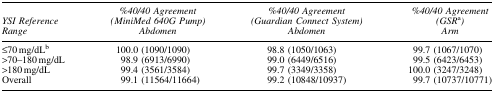
<table><thead><tr><td><b><i>YSI Reference Range</i></b></td><td><b><i>%40/40 Agreement (MiniMed 640G Pump) Abdomen</i></b></td><td><b><i>%40/40 Agreement (Guardian Connect System) Abdomen</i></b></td><td><b><i>%40/40 Agreement (GSR</i><sup>a</sup>) <i>Arm</i></b></td></tr></thead><tbody><tr><td>≤70 mg/dL<sup>b</sup></td><td>100.0 (1090/1090)</td><td>98.8 (1050/1063)</td><td>99.7 (1067/1070)</td></tr><tr><td>&gt;70–180 mg/dL</td><td>98.9 (6913/6990)</td><td>99.0 (6449/6516)</td><td>99.5 (6423/6453)</td></tr><tr><td>&gt;180 mg/dL</td><td>99.4 (3561/3584)</td><td>99.7 (3349/3358)</td><td>100.0 (3247/3248)</td></tr><tr><td>Overall</td><td>99.1 (11564/11664)</td><td>99.2 (10848/10937)</td><td>99.7 (10737/10771)</td></tr></tbody></table>